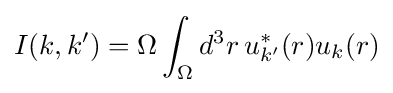
I(k,k')=\Omega \int _{\Omega }d^{3}r\,u_{k'}^{\ast }(r)u_{k}(r)